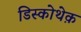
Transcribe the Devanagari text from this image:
डिस्कोथेक़